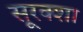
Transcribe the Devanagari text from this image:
सूरक्शा